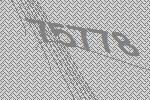
75778